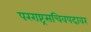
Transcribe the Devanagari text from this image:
परराष्ट्रसचिवपदावर